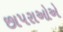
છાપરાઓએ